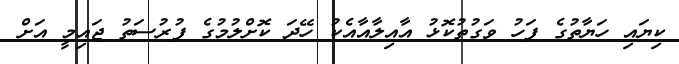
ކިޔައި ހަޔާތުގެ ފަހު ވަގުތުކޮޅު އާއިލާއާއެކު ހޭދަ ކޮށްލުމުގެ ފުރުސަތު ޖައިމީ އަށް